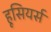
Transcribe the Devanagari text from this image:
हूसियर्स